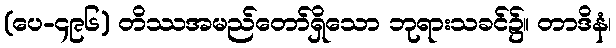
(ပေ-၄၉၆) တိဿအမည်တော်ရှိသော ဘုရားသခင်၌။ တာဒိနံ၊